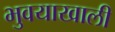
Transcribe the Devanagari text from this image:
भुवयाखाली